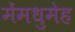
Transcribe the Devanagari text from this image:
मेंमधुमेह